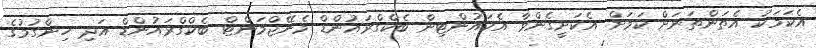
އެކަމަކު އެތަންތަނަށް ކަމަށް އެކަށީގެންވާ އެކައުންޓިން ބެކްގްރައުންޑް މެނޭޖްމަންޓް ބެކްގްރައުންޑް އަދި ހިންގުމުގެ